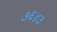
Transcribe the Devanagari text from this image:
७६४३